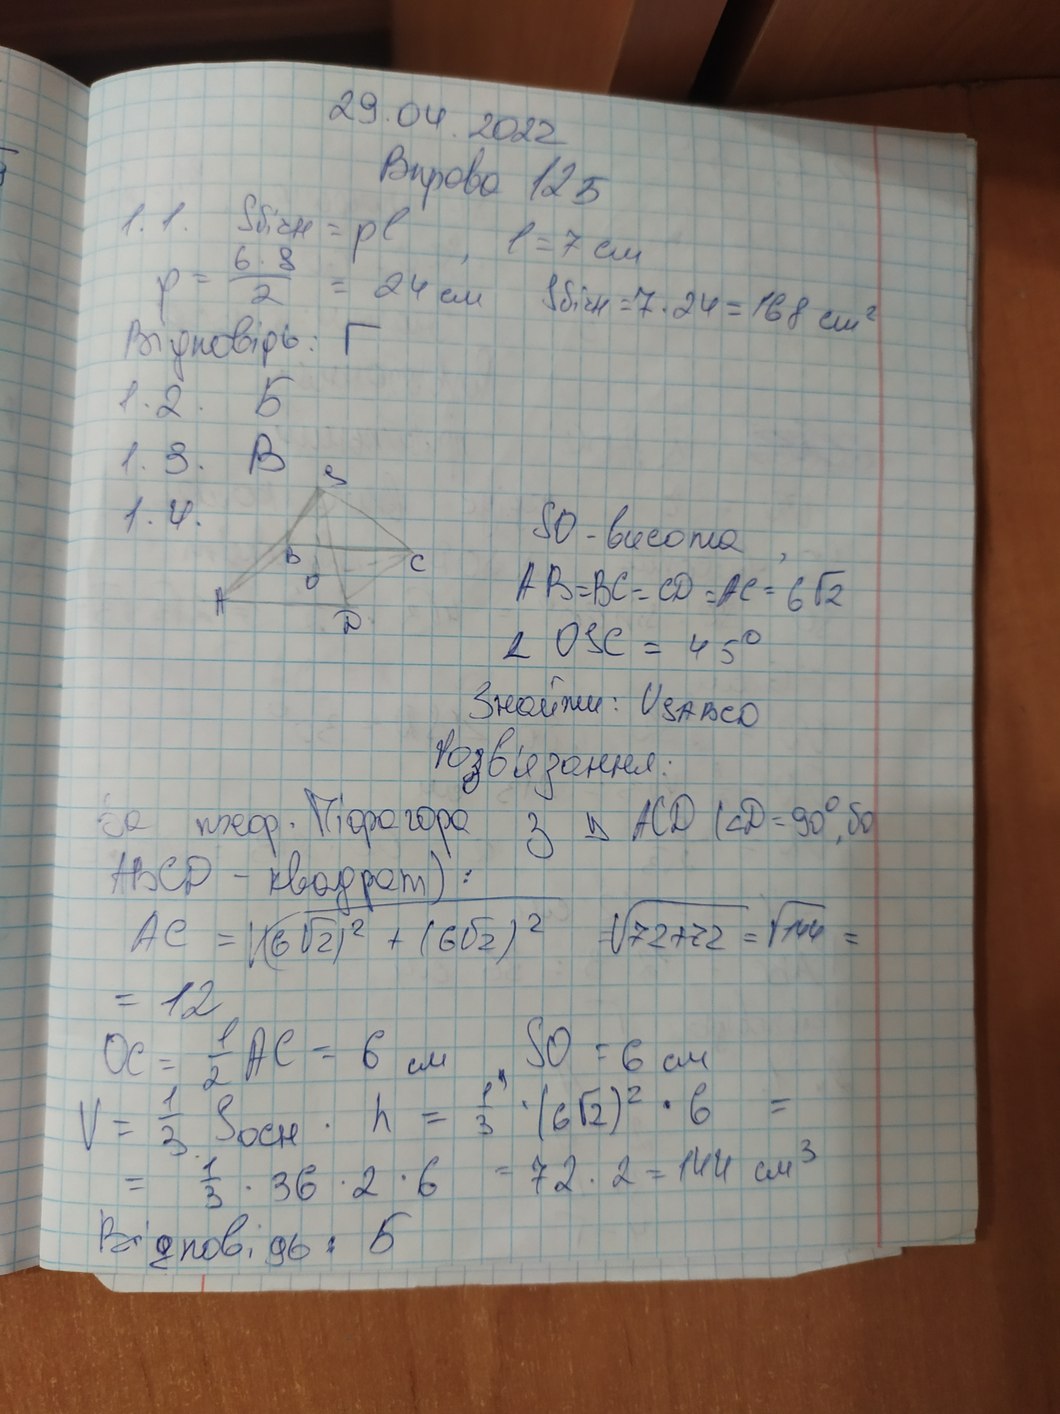
29.04.2022
Вправа 125
1.1. S_бічн = pl
l = 7 cm
p = \frac{6 * 8}{2} = 24 см
S_бічн= 7 · 24 = 168 см^2
Відповідь: Г
1.2. Б
1.3. В
1.4.
SO - висота
AB = BC = CD = AC = 6\sqrt{2}
∠ OSC = 45°
Знайти: Vsabcd
Розв'язання
За теор. Піфагора з ∆ACD (∠D= 90°, бо
ABCD - квадрат);
AC = \sqrt{(6sqrt{2})^2 + (6sqrt{2})^2} = \sqrt{72 + 72} = \sqrt{144} =
= 12
SO = 6см
OC = \frac{1}{2}AC = 6см
V = \frac{1}{3} S_осн * h = \frac{1}{3} * (6\sqrt{2})^2 * 6 =
= \frac{1}{3} * 36 * 2 * 6 = 72 * 2 = 144см
Відповідь: Б